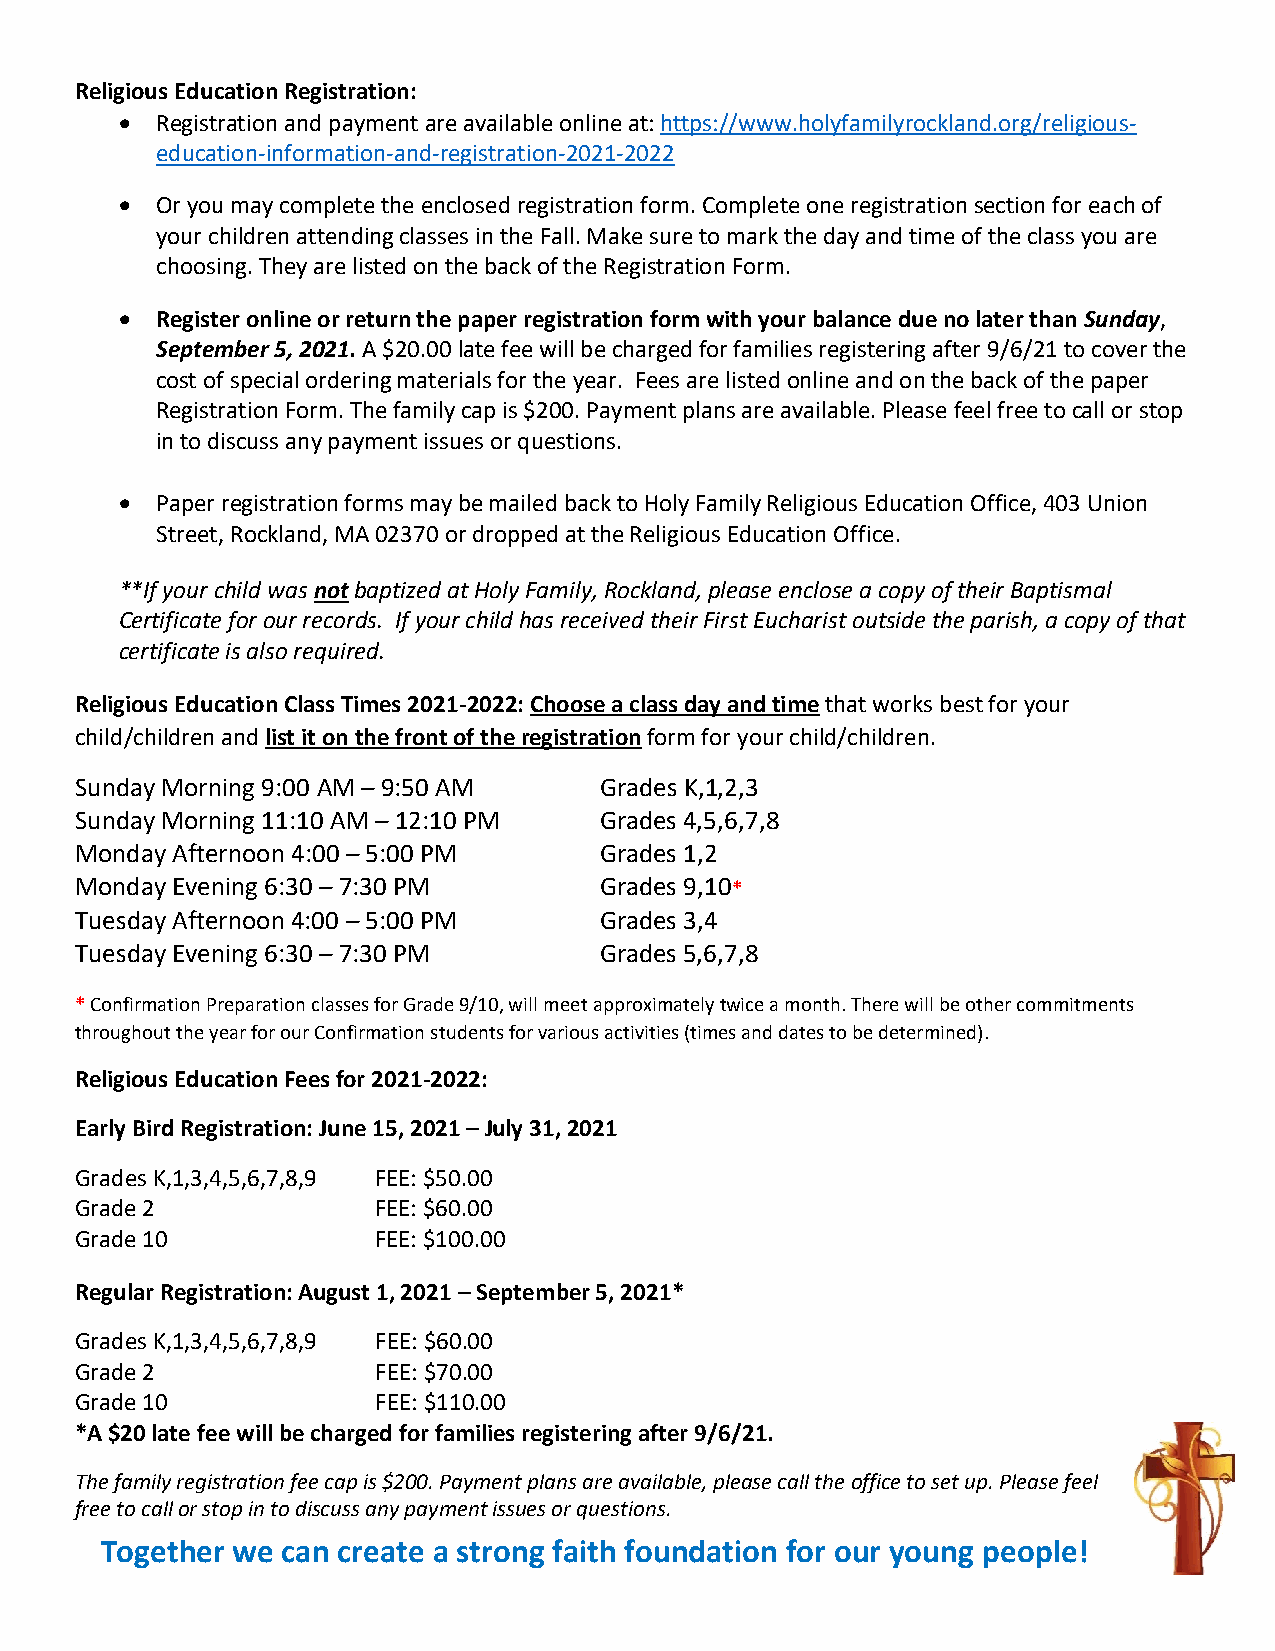
Religious Education Registration:
 • Registration and payment are available online at: https://www.holyfamilyrockland.org/religious-
 education-information-and-registration-2021-2022
 • Or you may complete the enclosed registration form. Complete one registration section for each of
 your children attending classes in the Fall. Make sure to mark the day and time of the class you are
 choosing. They are listed on the back of the Registration Form.
 • Register online or return the paper registration form with your balance due no later than Sunday,
 September 5, 2021. A $20.00 late fee will be charged for families registering after 9/6/21 to cover the
 cost of special ordering materials for the year. Fees are listed online and on the back of the paper
 Registration Form. The family cap is $200. Payment plans are available. Please feel free to call or stop
 in to discuss any payment issues or questions.
 • Paper registration forms may be mailed back to Holy Family Religious Education Office, 403 Union
 Street, Rockland, MA 02370 or dropped at the Religious Education Office.
 **If your child was not baptized at Holy Family, Rockland, please enclose a copy of their Baptismal
 Certificate for our records. If your child has received their First Eucharist outside the parish, a copy of that
 certificate is also required.
 Religious Education Class Times 2021-2022: Choose a class day and time that works best for your
 child/children and list it on the front of the registration form for your child/children.
 Sunday Morning 9:00 AM – 9:50 AM   Grades K,1,2,3
 Sunday Morning 11:10 AM – 12:10 PM Grades 4,5,6,7,8
 Monday Afternoon 4:00 – 5:00 PM    Grades 1,2
 Monday Evening 6:30 – 7:30 PM      Grades 9,10*
 Tuesday Afternoon 4:00 – 5:00 PM   Grades 3,4
 Tuesday Evening 6:30 – 7:30 PM     Grades 5,6,7,8
 * Confirmation Preparation classes for Grade 9/10, will meet approximately twice a month. There will be other commitments
 throughout the year for our Confirmation students for various activities (times and dates to be determined).
 Religious Education Fees for 2021-2022:
 Early Bird Registration: June 15, 2021 – July 31, 2021
 Grades K,1,3,4,5,6,7,8,9 FEE: $50.00
 Grade 2             FEE: $60.00
 Grade 10            FEE: $100.00
 Regular Registration: August 1, 2021 – September 5, 2021*
 Grades K,1,3,4,5,6,7,8,9 FEE: $60.00
 Grade 2             FEE: $70.00
 Grade 10            FEE: $110.00
 *A $20 late fee will be charged for families registering after 9/6/21.
 The family registration fee cap is $200. Payment plans are available, please call the office to set up. Please feel
 free to call or stop in to discuss any payment issues or questions.
 Together we can create a strong faith foundation for our young people!